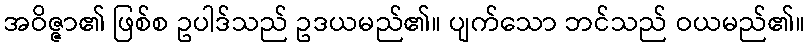
အဝိဇ္ဇာ၏ ဖြစ်စ ဥပါဒ်သည် ဥဒယမည်၏။ ပျက်သော ဘင်သည် ဝယမည်၏။